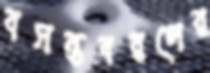
বসন্তবরণের